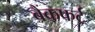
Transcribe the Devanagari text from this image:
बैंकफर्ट